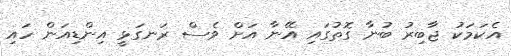
އެކަމަކު ޖާބިރު ބުނާ ގޮތުގައި އޭނާ އަށް ވެސް ރަނގަޅީ އިންޑިއަން ހައި